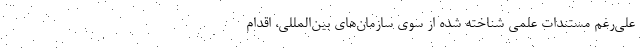
علی‌رغم مستندات علمی شناخته‌ شده از سوی سازمان‌های بین‌المللی، اقدام